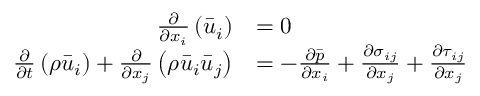
\begin{array} { r l } { \frac { \partial } { \partial x _ { i } } \left( \bar { u } _ { i } \right) } & { = 0 } \\ { \frac { \partial } { \partial t } \left( \rho \bar { u } _ { i } \right) + \frac { \partial } { \partial x _ { j } } \left( \rho \bar { u } _ { i } \bar { u } _ { j } \right) } & { = - \frac { \partial \bar { p } } { \partial x _ { i } } + \frac { \partial \sigma _ { i j } } { \partial x _ { j } } + \frac { \partial \tau _ { i j } } { \partial x _ { j } } } \end{array}